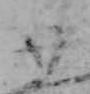
廿